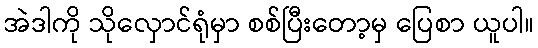
အဲဒါကို သိုလှောင်ရုံမှာ စစ်ပြီးတော့မှ ပြေစာ ယူပါ။